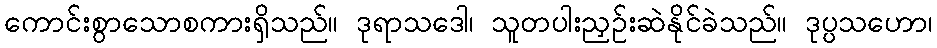
ကောင်းစွာသောစကားရှိသည်။ ဒုရာသဒေါ၊ သူတပါးညှဉ်းဆဲနိုင်ခဲသည်။ ဒုပ္ပသဟော၊